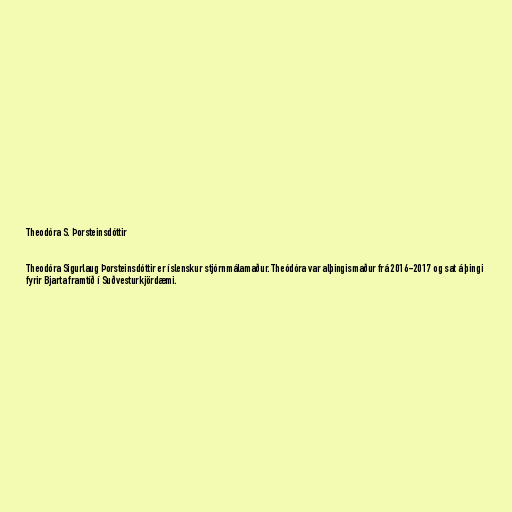
Theodóra S. Þorsteinsdóttir

Theodóra Sigurlaug Þorsteinsdóttir er íslenskur stjórnmálamaður. Theódóra var alþingismaður frá 2016-2017 og sat á þingi
fyrir Bjarta framtíð í Suðvesturkjördæmi.